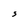
Character: S